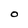
Character: O